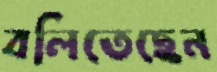
বলিতেছেন